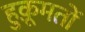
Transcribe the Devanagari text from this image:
हुक़ूमतों